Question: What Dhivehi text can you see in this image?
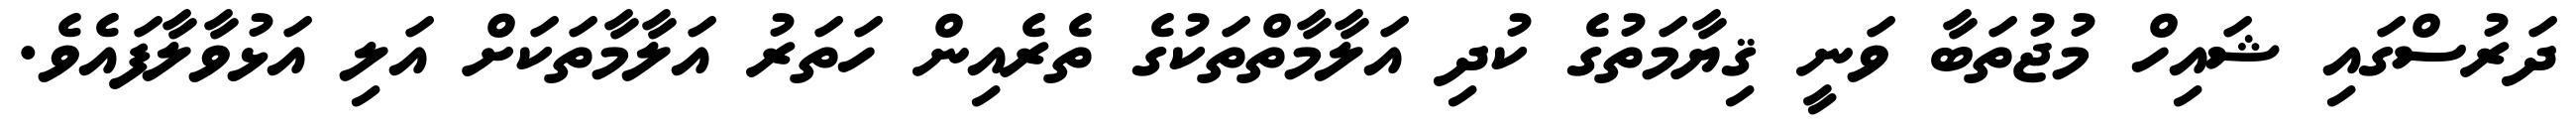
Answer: ދަރުސްގައި ޝައިހް މުޖުތަބާ ވަނީ ޤިޔާމަތުގެ ކުދި އަލާމާތްތަކުގެ ތެރެއިން ހަތަރު އަލާމާތަކަށް އަލި އަޅުވާލާފައެވެ.